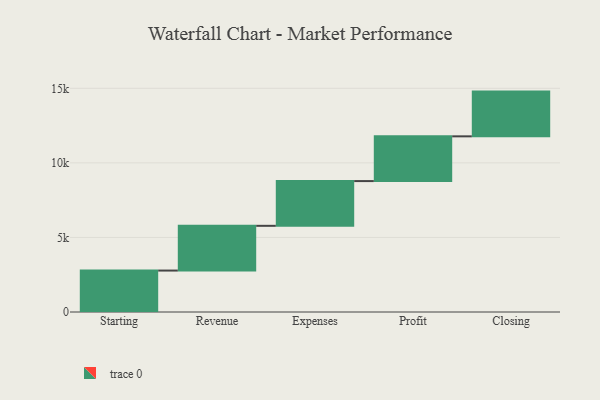
{"axis": {"x": "Step", "y": "Value"}, "legend": [""], "data": [{"x": "Starting", "y": 2779.0, "type": ""}, {"x": "Revenue", "y": 3000, "type": ""}, {"x": "Expenses", "y": 3000, "type": ""}, {"x": "Profit", "y": 3000, "type": ""}, {"x": "Closing", "y": 3000, "type": ""}]}